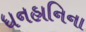
ધનહાનિના